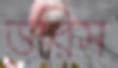
ডরিস